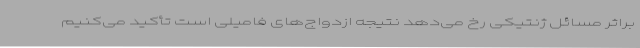
براثر مسائل ژنتیکی رخ می‌دهد نتیجه ازدواج‌های فامیلی است تأکید می‌کنیم